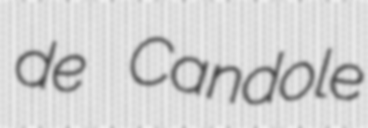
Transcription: de Candole